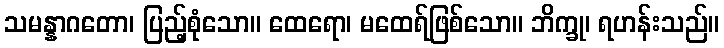
သမန္နာဂတော၊ ပြည့်စုံသော။ ထေရော၊ မထေရ်ဖြစ်သော။ ဘိက္ခု၊ ရဟန်းသည်။